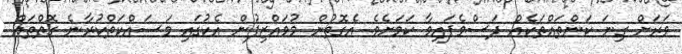
ވަރަށް ގިނަ ކަންތައްތަކެއް ދަސްވެފައިވާ ކަމަށެވެ. އެގޮތުން މުވައްޒިފުން އެކުގައި މަސައްކަތްކުރާނެ ގޮތްތައް